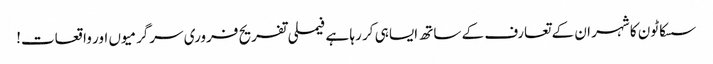
سسکاٹون کا شہر ان کے تعارف کے ساتھ ایسا ہی کر رہا ہے فیملی تفریح ​​فروری سرگرمیوں اور واقعات!